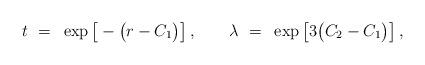
LaTeX: \begin{align*}t ~=~ \exp\big[ -\big(r - C_1\big) \big] \,, \qquad \lambda ~=~ \exp \big[3\big(C_2 -C_1\big)\big] \,,\end{align*}